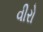
વીરો